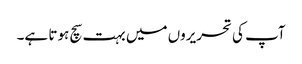
آپ کی تحریروں میں بہت سچ ہوتا ہے۔